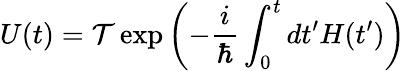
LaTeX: U(t)={\cal T}\exp{\left(-\frac{i}{\hbar}\int_{0}^{t}dt^{\prime}H(t^{\prime})\right)}